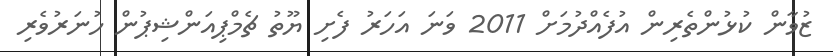
ޒުވާން ކުޅުންތެރިން އުފެއްދުމަށް 2011 ވަނަ އަހަރު ފެށި ޔޫތު ޗެމްޕިއަންޝިޕުން ހުނަރުވެރި